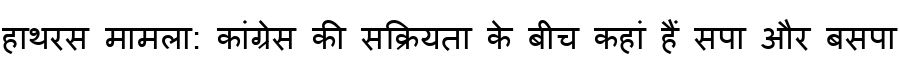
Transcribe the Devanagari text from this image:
हाथरस मामला: कांग्रेस की सक्रियता के बीच कहां हैं सपा और बसपा